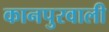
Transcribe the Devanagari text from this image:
कानपुरवाली